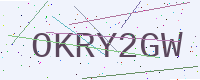
Text: OKRY2GW